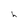
Character: h